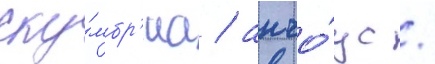
ску́мбр'иа / анчо́ус /